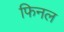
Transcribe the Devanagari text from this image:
फिनल